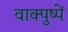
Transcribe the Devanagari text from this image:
वाक्पुष्पें